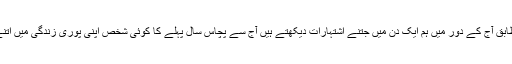
ایک اندازے کے مطابق آج کے دور میں ہم ایک دن میں جتنے اشتہارات دیکھتے ہیں آج سے پچاس سال پہلے کا کوئی شخص اپنی پوری زندگی میں اُتنے اشتہار دیکھتا تھا۔